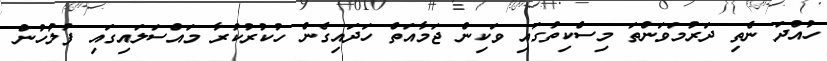
ހުއްދަ ނެތި ދަރުމަވަންތަ މިސްކިތުގައި ވަކިން ޖަމާއަތް ހަދައިގެން ހުކުރުކުރާ މައްސަލައިގައި ފުލުހުން